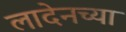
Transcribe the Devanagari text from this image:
लादेनच्या